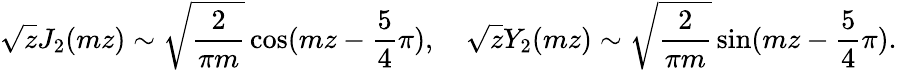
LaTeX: \sqrt{z}J_{2}(mz)\sim\sqrt{{\frac{2}{\pi m}}}\cos(mz-{\frac{5}{4}}\pi),~~~~\sqrt{z}Y_{2}(mz)\sim\sqrt{{\frac{2}{\pi m}}}\sin(mz-{\frac{5}{4}}\pi).